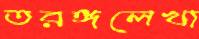
তরঙ্গলেখা